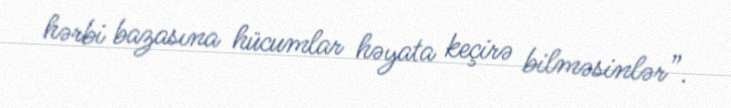
hərbi bazasına hücumlar həyata keçirə bilməsinlər”.